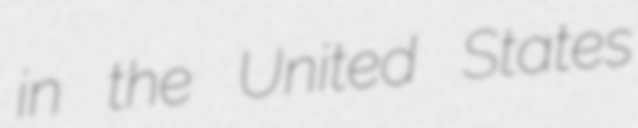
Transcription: in the United States